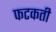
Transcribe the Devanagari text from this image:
फटकती